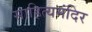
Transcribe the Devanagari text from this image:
साहित्यमंदिर